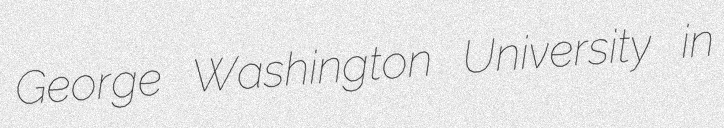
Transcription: George Washington University in